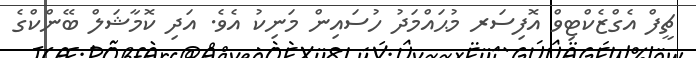
ޗީފް އެގްޒެކްޓިވް އޮފިސަރ މުޙައްމަދު ހުސައިން މަނިކު އެވެ. އަދި ކޮމާޝަލް ބޭންކްގެ